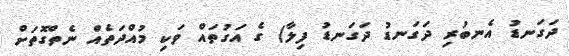
ދަގަނޑު އެނބުރި ދަގަނޑު ދަގަނޑު ފިލާ) ގެ އަގުތައް ވަކި މުއްދަތެއް ނެތްގޮތަށް